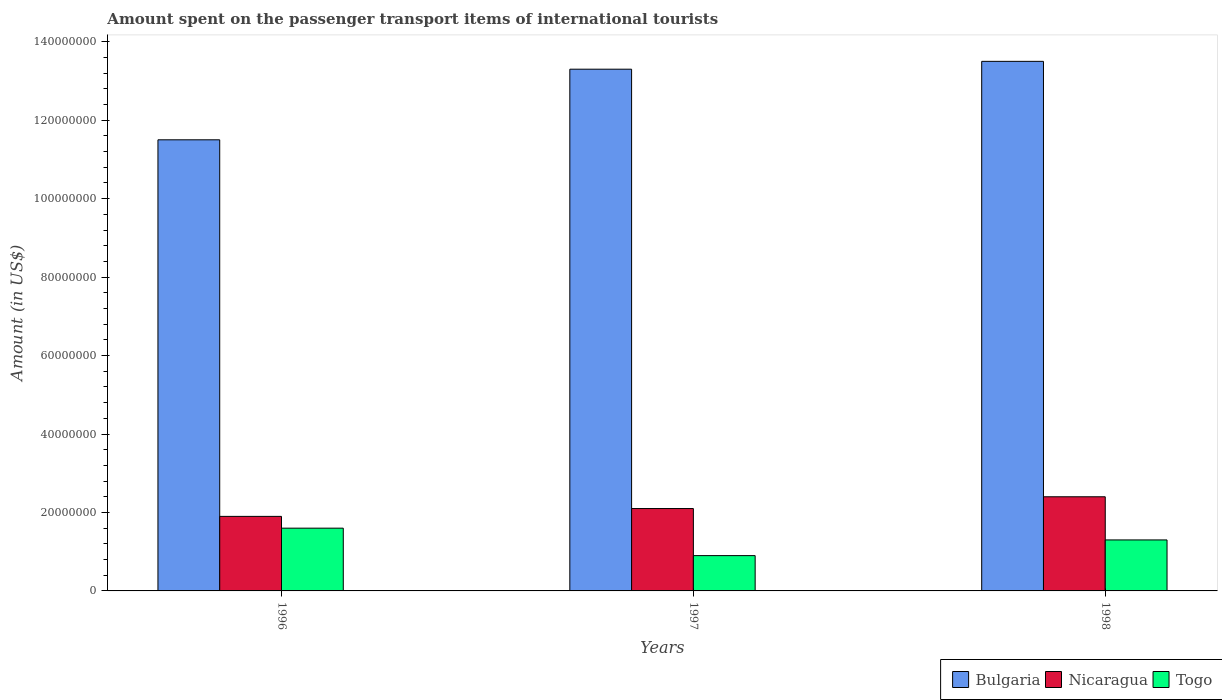
| Years | Bulgaria | Nicaragua | Togo |
 | --- | --- | --- | --- |
 | 1996 | 1.15e+08 | 1.9e+07 | 1.6e+07 |
 | 1997 | 1.33e+08 | 2.1e+07 | 9e+06 |
 | 1998 | 1.35e+08 | 2.4e+07 | 1.3e+07 |